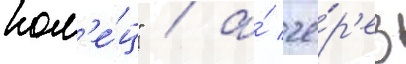
кол'е́ц" / а́ че́р'ез